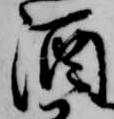
酒